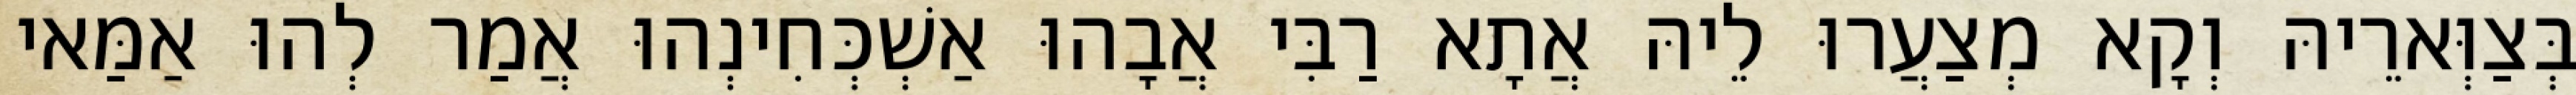
בְּצַוְּארֵיהּ וְקָא מְצַעֲרוּ לֵיהּ אֲתָא רַבִּי אֲבָהוּ אַשְׁכְּחִינְהוּ אֲמַר לְהוּ אַמַּאי